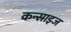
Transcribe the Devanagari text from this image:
कन्साइज